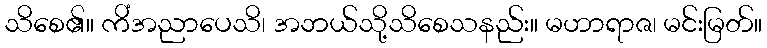
သိစေ၏။ ကိံအညာပေသိ၊ အဘယ်သို့သိစေသနည်း။ မဟာရာဇ၊ မင်းမြတ်။